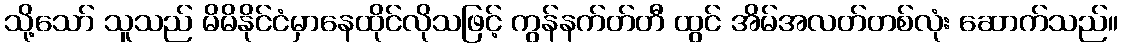
သို့သော် သူသည် မိမိနိုင်ငံမှာနေထိုင်လိုသဖြင့် ကွန်နက်တ်တီ ထွင် အိမ်အလတ်တစ်လုံး ဆောက်သည်။